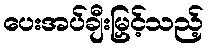
ပေးအပ်ချီးမြှင့်သည့်